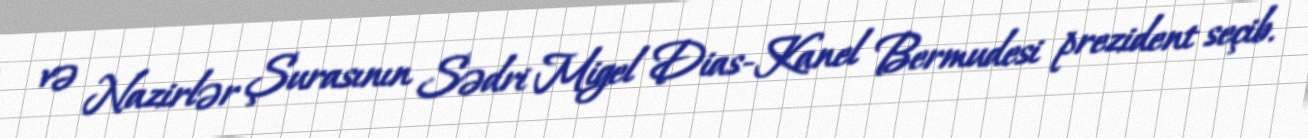
və Nazirlər Şurasının Sədri Migel Dias-Kanel Bermudesi prezident seçib.